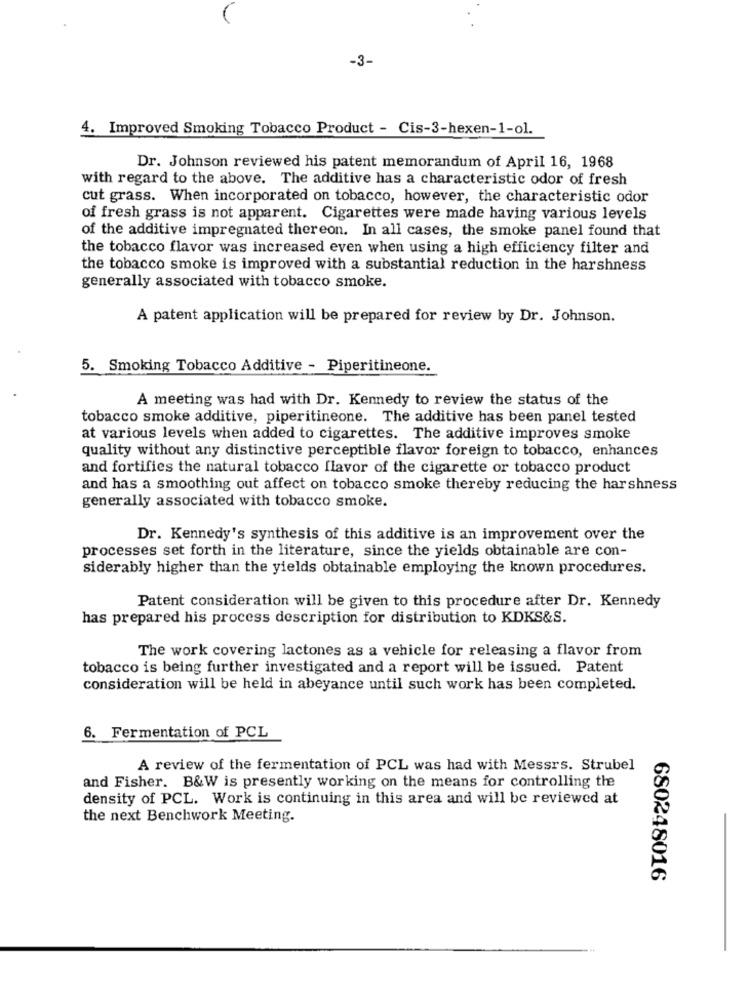
-3-
4. Improved Smoking Tobacco Product - Cis-3-hexen-1-ol.
Dr. Johnson reviewed his patent memorandum of April 16, 1968
with regard to the above. The additive has a characteristic odor of fresh
cut grass. When incorporated on tobacco, however, the characteristic odor
of fresh grass is not apparent. Cigarettes were made having various levels
of the additive impregnated thereon. In all cases, the smoke panel found that
the tobacco flavor was increased even when using a high efficiency filter and
the tobacco smoke is improved with a substantial reduction in the harshness
generally associated with tobacco smoke.
A patent application will be prepared for review by Dr. Johnson.
5. Smoking Tobacco Additive - Piperitineone.
A meeting was had with Dr. Kennedy to review the status of the
tobacco smoke additive, piperitineone. The additive has been panel tested
at various levels when added to cigarettes. The additive improves smoke
quality without any distinctive perceptible flavor foreign to tobacco, enhances
and fortifies the natural tobacco flavor of the cigarette or tobacco product
and has a smoothing out affect on tobacco smoke thereby reducing the harshness
generally associated with tobacco smoke.
Dr. Kennedy's synthesis of this additive is an improvement over the
processes set forth in the literature, since the yields obtainable are con-
siderably higher than the yields obtainable employing the known procedures.
Patent consideration will be given to this procedure after Dr. Kennedy
has prepared his process description for distribution to KDKS&S.
The work covering lactones as a vehicle for releasing a flavor from
tobacco is being further investigated and a report will be issued. Patent
consideration will be held in abeyance until such work has been completed.
6. Fermentation of PCL
A review of the fermentation of PCL was had with Messrs. Strubel
and Fisher. B&W is presently working on the means for controlling the
density of PCL. Work is continuing in this area and will be reviewed at
the next Benchwork Meeting.
680248016